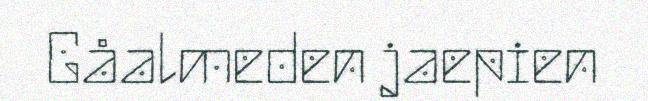
Gåalmeden jaepien